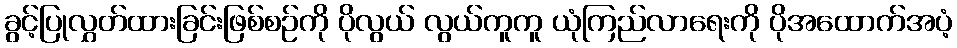
ခွင့်ပြုလွှတ်ထားခြင်းဖြစ်စဉ်ကို ပိုလွယ် လွယ်ကူကူ ယုံကြည်လာရေးကို ပိုအထောက်အပံ့